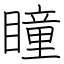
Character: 瞳